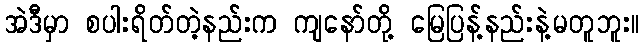
အဲဒီမှာ စပါးရိတ်တဲ့နည်းက ကျနော်တို့ မြေပြန့်နည်းနဲ့မတူဘူး။